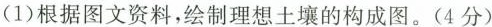
(1)根据图文资料，绘制理想土壤的构成图。(4分)